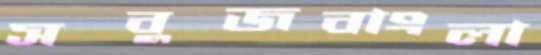
সবুজবাংলা